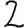
Digit: 2